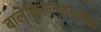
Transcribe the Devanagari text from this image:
बालेकिल्ल्यासारखा